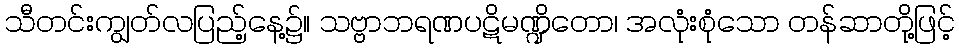
သီတင်းကျွတ်လပြည့်နေ့၌။ သဗ္ဗာဘရဏပဋိမဏ္ဍိတော၊ အလုံးစုံသော တန်ဆာတို့ဖြင့်